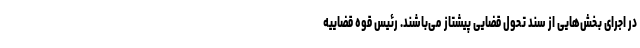
در اجرای بخش‌هایی از سند تحول قضایی پیشتاز می‌باشند. رئیس قوه قضاییه